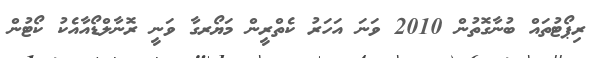
ރިޕޯޓުތައް ބުނާގޮތުން 2010 ވަނަ އަހަރު ކެތްރީން މަޔޯރގާ ވަނީ ރޮނާލްޑޯއާއެކު ކޯޓުން